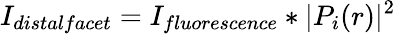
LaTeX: I_{distalfacet}=I_{fluorescence}\ast|P_{i}(r)|^{2}